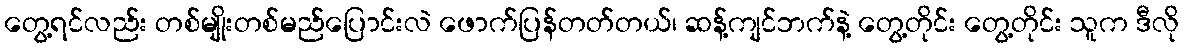
တွေ့ရင်လည်း တစ်မျိုးတစ်မည်ပြောင်းလဲ ဖောက်ပြန်တတ်တယ်၊ ဆန့်ကျင်ဘက်နဲ့ တွေ့တိုင်း တွေ့တိုင်း သူက ဒီလို